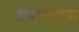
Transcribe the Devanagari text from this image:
अप्रागतिक